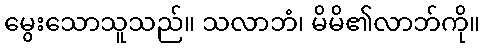
မွေးသောသူသည်။ သလာဘံ၊ မိမိ၏လာဘ်ကို။